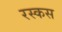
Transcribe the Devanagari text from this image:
रस्कस